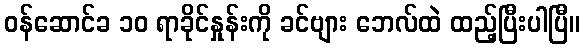
ဝန်ဆောင်ခ ၁၀ ရာခိုင်နှုန်းကို ခင်ဗျား ဘေလ်ထဲ ထည့်ပြီးပါပြီ။